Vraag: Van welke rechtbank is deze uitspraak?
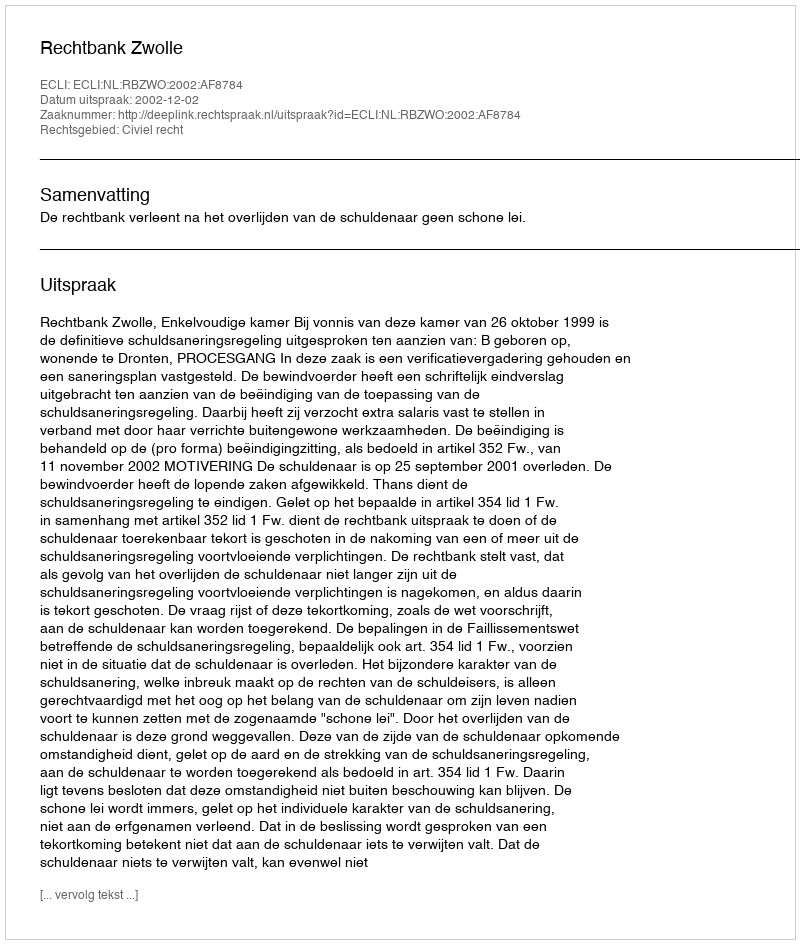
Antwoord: Rechtbank Zwolle